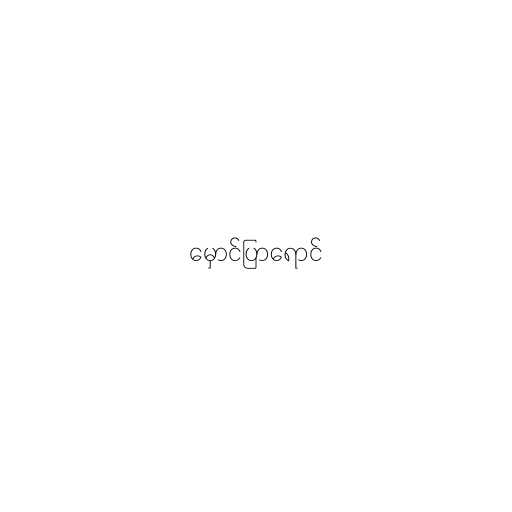
မှောင်ပြာရောင်